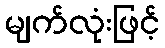
မျက်လုံးဖြင့်